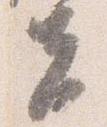
夫